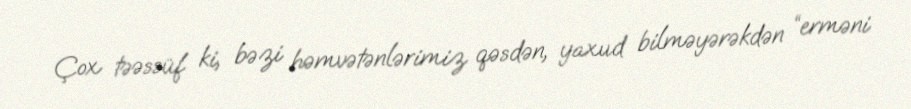
Çox təəssüf ki, bəzi həmvətənlərimiz qəsdən, yaxud bilməyərəkdən “erməni